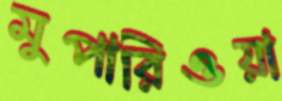
মুপারিওয়া